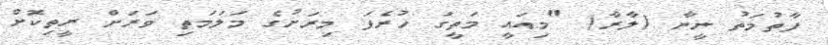
ފާތުމަތު ނީނާ (ލާރާ) "މިއައީ މަތީގަ ހުރެފަ މިރަށުގެ މަލަމަތި ވަރަށް ރީތިކޮށް